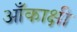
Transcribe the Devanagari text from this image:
आँकाक्षी